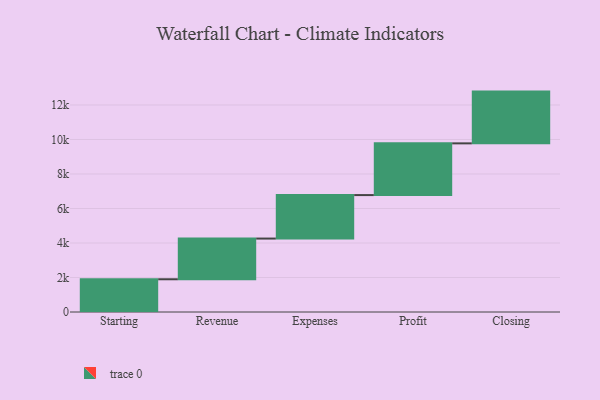
{"axis": {"x": "Step", "y": "Value"}, "legend": [""], "data": [{"x": "Starting", "y": 1897.0, "type": ""}, {"x": "Revenue", "y": 2360.0, "type": ""}, {"x": "Expenses", "y": 2520.0, "type": ""}, {"x": "Profit", "y": 2998.0, "type": ""}, {"x": "Closing", "y": 3000, "type": ""}]}